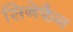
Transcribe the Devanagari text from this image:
सिनेफैन